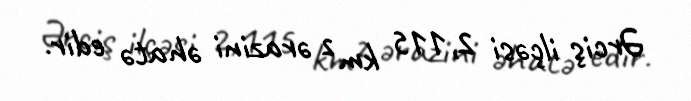
Ərciş ilçəsi 2,115 km² ərazini əhatə edir.